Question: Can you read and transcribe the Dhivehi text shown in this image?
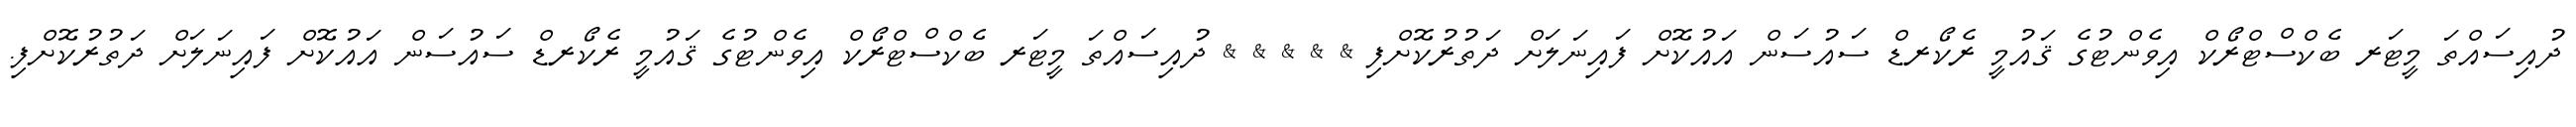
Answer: ދުއިސައްތަ މީޓަރ ބެކްސްޓްރޯކް އިވެންޓުގެ ޤައުމީ ރެކޯރޑް ސައުސަން އައުކޮށް ފައިނަލަށް ދަތުރުކޮށްފި & & & & & ދުއިސައްތަ މީޓަރ ބެކްސްޓްރޯކް އިވެންޓުގެ ޤައުމީ ރެކޯރޑް ސައުސަން އައުކޮށް ފައިނަލަށް ދަތުރުކޮށްފި.